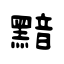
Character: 黯